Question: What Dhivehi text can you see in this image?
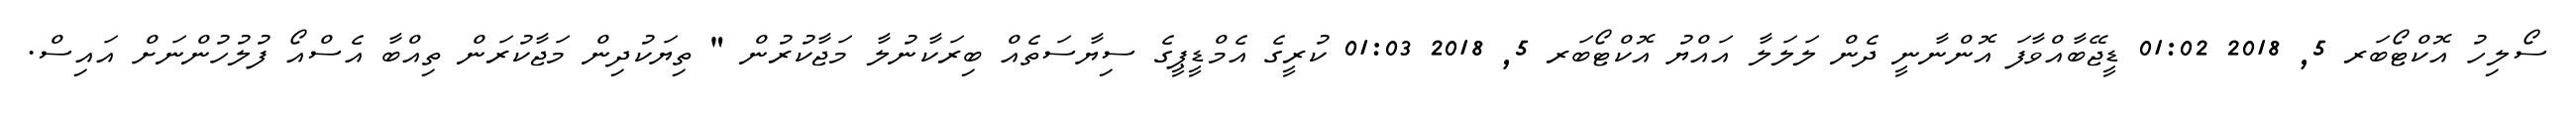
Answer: ސޯލިހު އޮކްޓޯބަރ 5, 2018 01:02 ޑީޖޭބާއްވާފަ އޮންނާނީ ދެން ލަލަލާ އައްޔު އޮކްޓޯބަރ 5, 2018 01:03 ކުރީގެ އެމްޑީޕީގެ ސިޔާސަތެއް ބިރަކާނުލާ މަޖާކުރުން " ތިޔަކުދިން މަޖާކުރަން ތިއްބާ އެސްއޯ ފުލުހުންނަށް އައިސް.